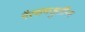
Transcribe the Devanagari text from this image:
गैरसमजुतींना